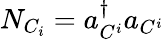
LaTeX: N_{C_{i}}=a_{C^{i}}^{\dagger}a_{C^{i}}